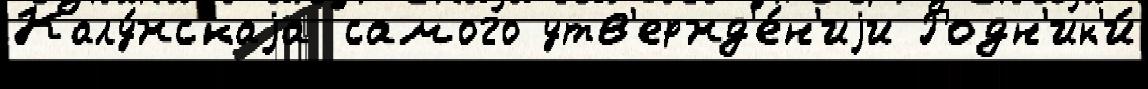
Калу́жскаjа самого утв'ержд'е́н'иjи Родн'ик'и́